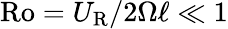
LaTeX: \mathrm{Ro}=U_{\mathrm{R}}/2\Omega\ell\ll 1